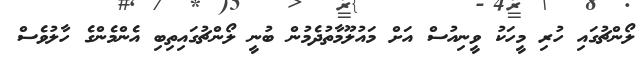
ލޯންޗުގައި ހުރި މީހަކު ވީނިއުސް އަށް މައުލޫމާތުދެމުން ބުނީ ލޯންޗުގައިތިބި އެންމެންގެ ހާލުވެސް